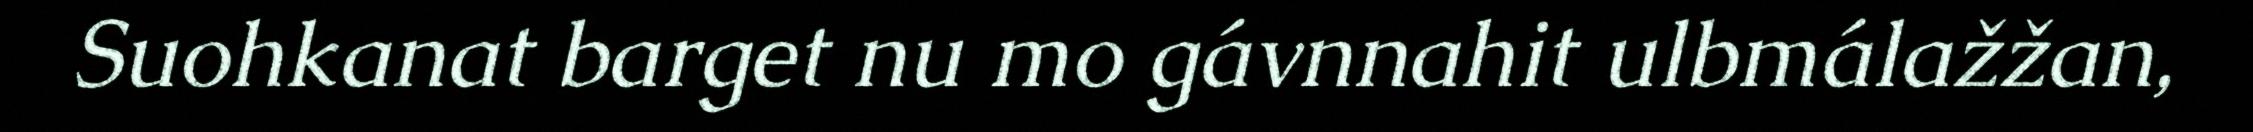
Suohkanat barget nu mo gávnnahit ulbmálažžan,